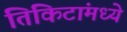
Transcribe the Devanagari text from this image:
तिकिटांमध्ये